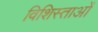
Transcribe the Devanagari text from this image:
विशिस्ताओं